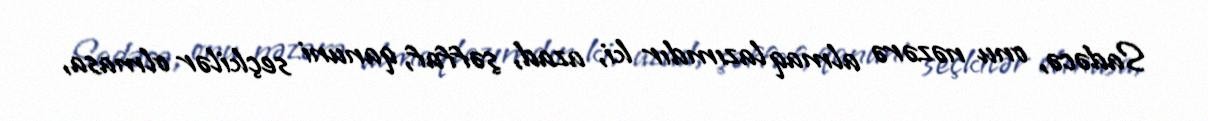
Sadəcə, onu nəzərə almaq lazımdır ki, azad, şəffaf, qanuni seçkilər olmasa,